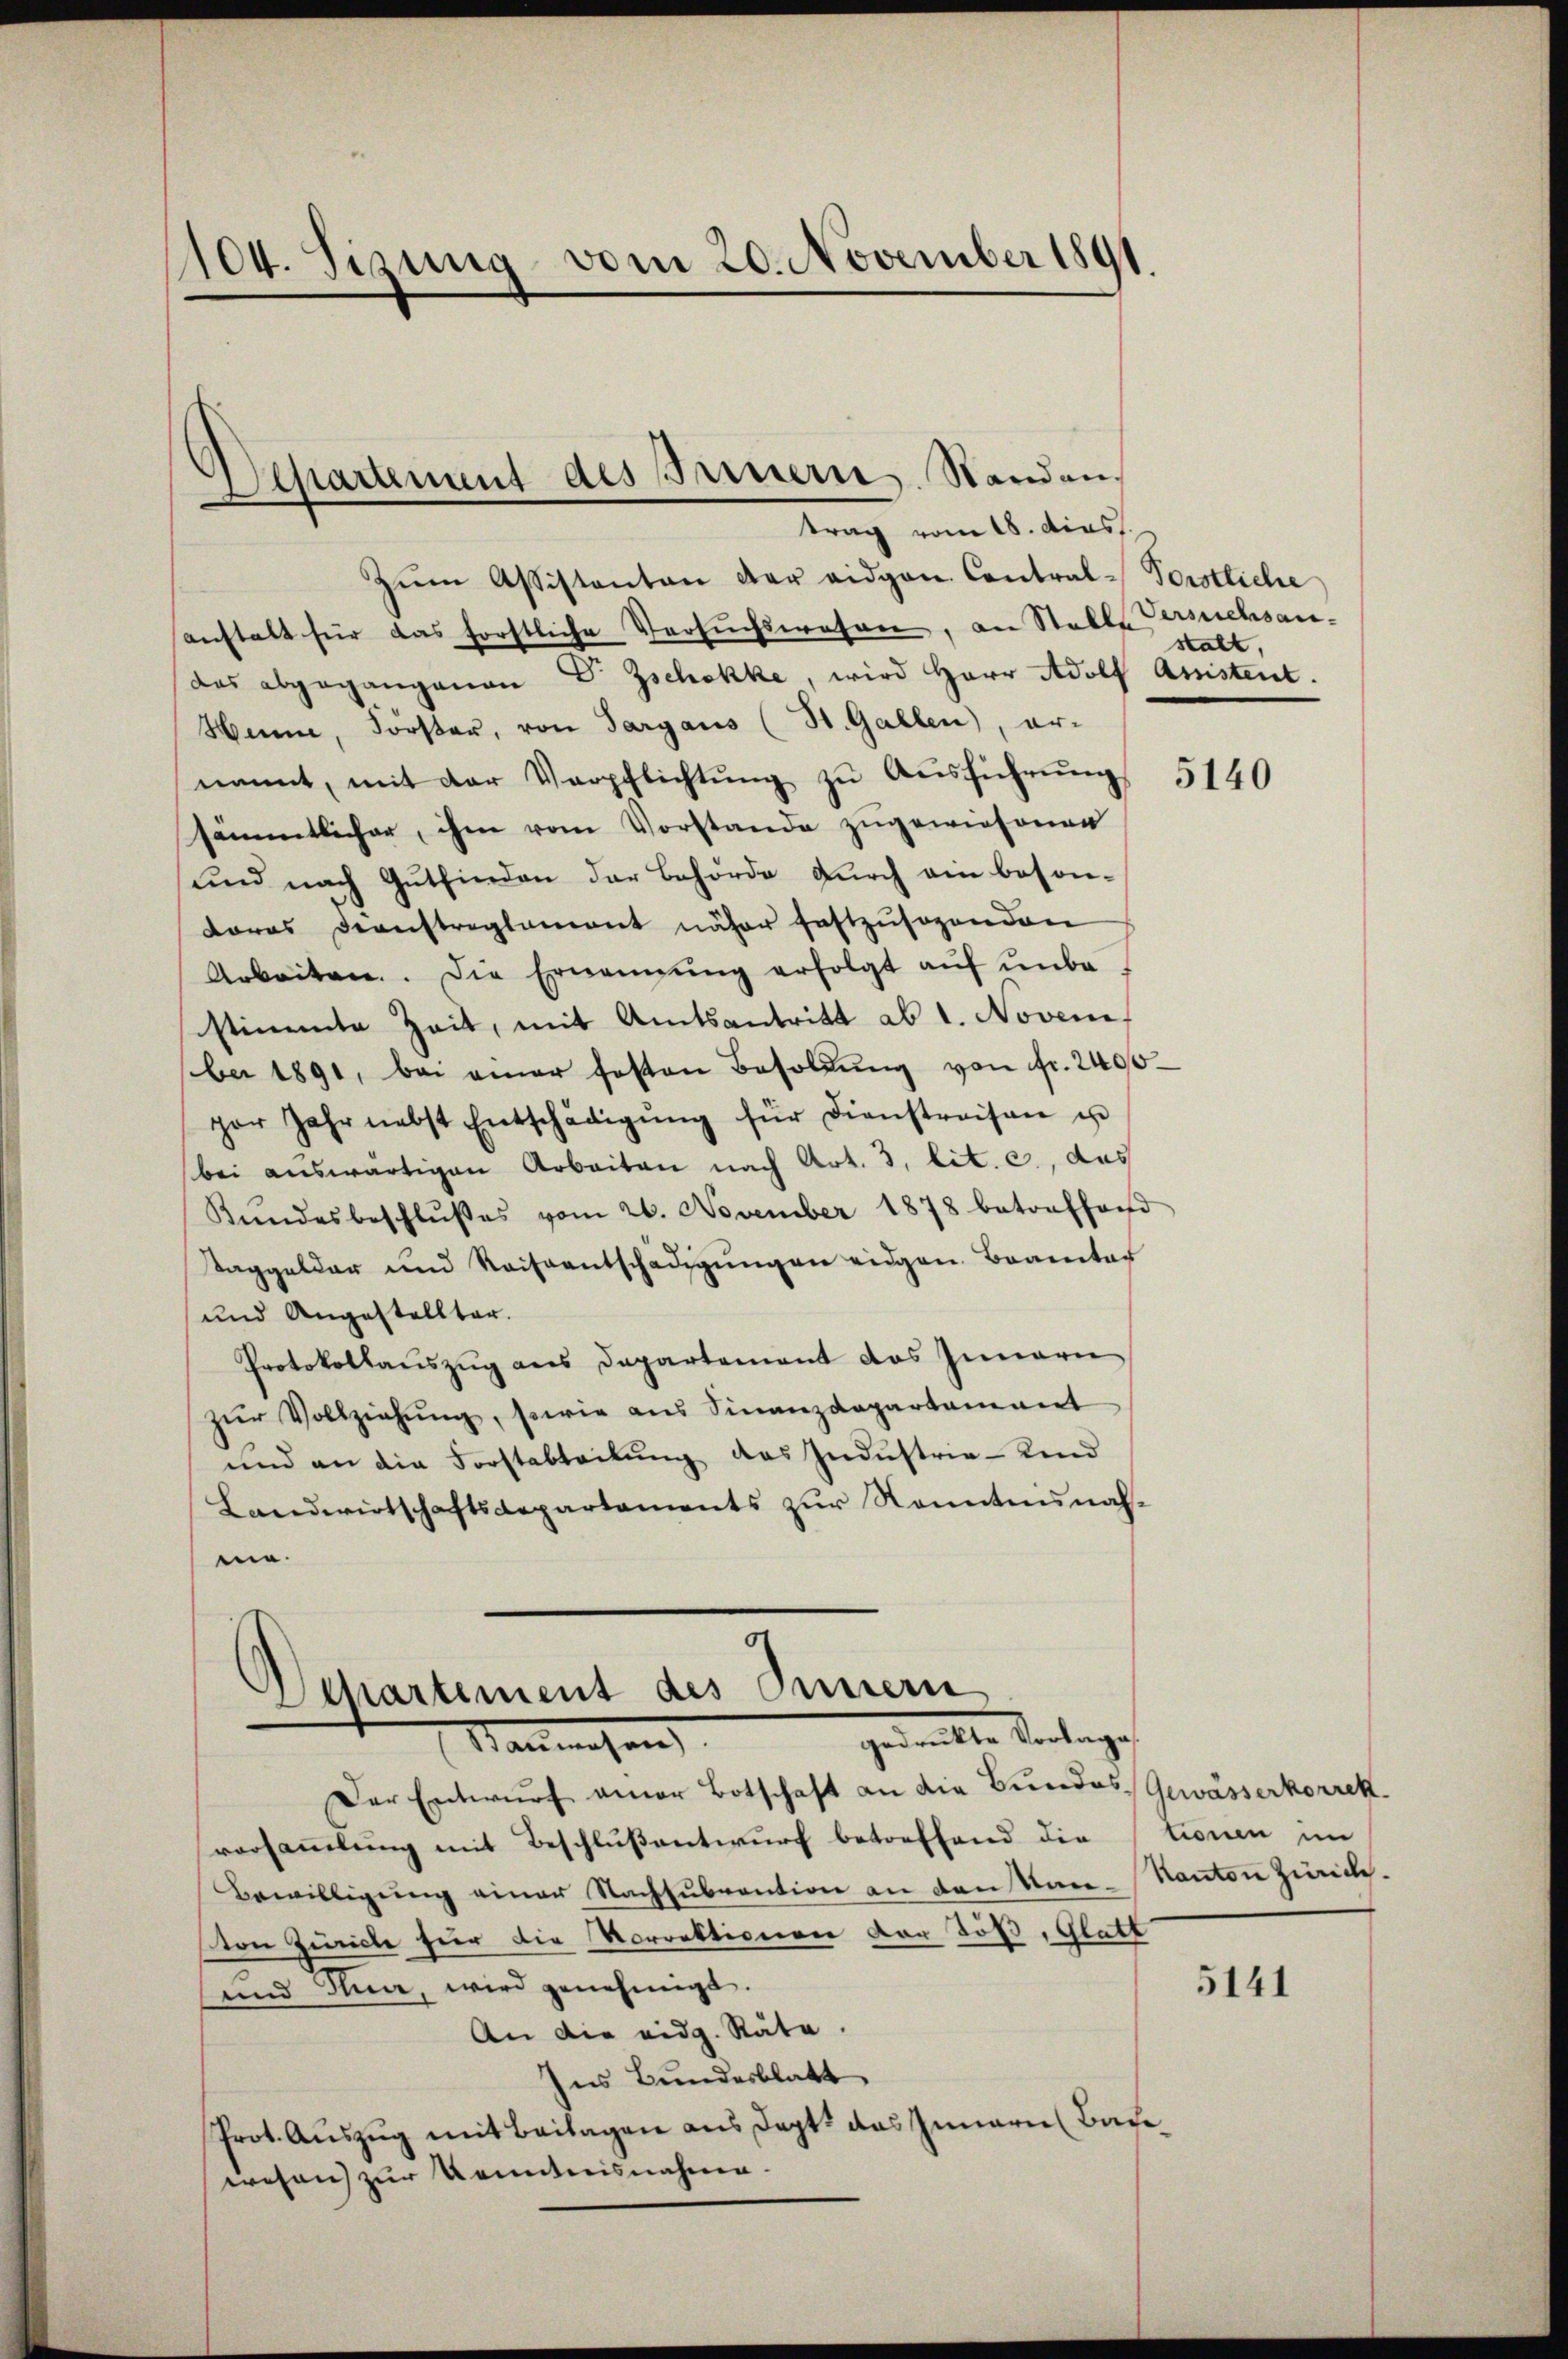
104. Sizung vom 20. November 1891.

Separtement des Innern Standen.
trag vom 18. dies

Zŭm Assistanton der eidgen Contral-Vorstliche
anstalt für das forstliche Versŭchswesen, an Stelle Gesuchsandas abgegangenen D Zschokke, wird Herr Adolf Amistent.
Henne, Förster, von Sargaus (St. Gallen, er-
nannt, mit der Verpflichtŭng zu Ausführung 5140
sämmtlicher, ihm vom Vorstande zugewiesenen
und nach Gutfinden der Behörde durch ein beson¬
Loras Dienstreglement näher festzŭsogenden
Arbeiten. Die Ernennung erfolgt auf unbe
stimmte Zeit, mit Amtsantritt ab 1. Novem
ber 1891, bei einer festen Besoldŭng von fr. 2400
per Jahr nebst Entschädigŭng für Dienstreisen un
bei auswärtigen Arbeiten nach Art. 3, lit. c, das
Kundesbeschlŭβes vom 26. November 1878 betreffend
Taggeldar und Reiseentschädigŭngen eidgen. Branter
und Angestellter.
Protokollauszug aus Departement das Innern
zur Vollziehung, sowie aus Finanzdepartement
und an die Forstabteilŭng des Industria-Kind
Landwirtschaftsdepartaments zŭr Kenntnisnah-
me.

Departement des Innern
gedeckte Vertrages
Sanwesen

Der Entwŭrf einer Botschaft an die Bundes Gewässerkorrek
vorsammlung mit Beschlußentwurf betreffend die tionen im
Bewilligung einer Nachsubvention an den Stanvon Zürich für die Korrektionen der Töß, Glatt
und Nun, wird genehmigt.
An die eidg. Räte.
Ins Bundesblatt
Prot. Auszug mit Beilagen aus dept das Innern Bade
wesen zur Kenntnisnahme.

stalt,

Kanton Zürich.

5141